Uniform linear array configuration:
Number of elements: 32
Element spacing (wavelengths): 0.5
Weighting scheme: blackman
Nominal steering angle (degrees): -60
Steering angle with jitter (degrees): -58.556
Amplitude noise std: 0.05
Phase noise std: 0.05

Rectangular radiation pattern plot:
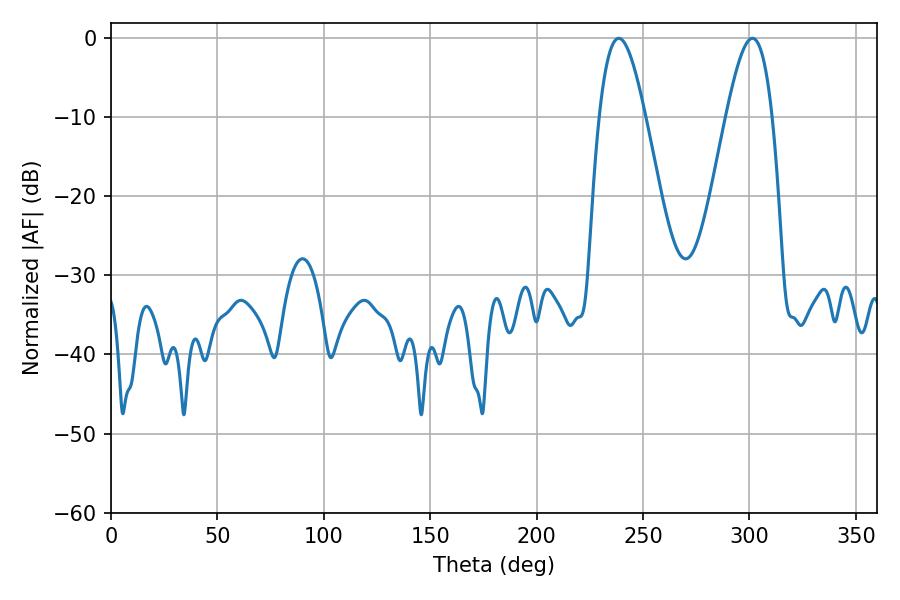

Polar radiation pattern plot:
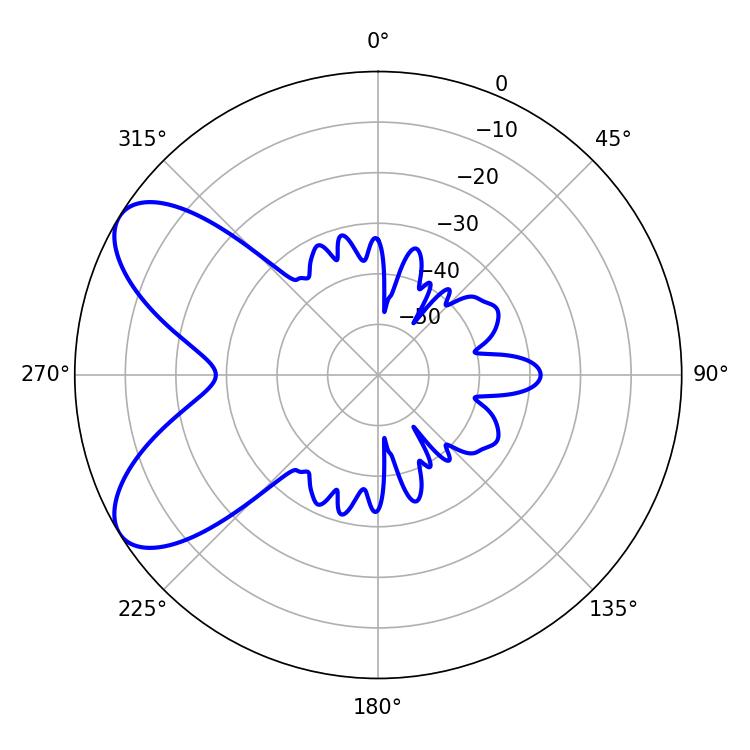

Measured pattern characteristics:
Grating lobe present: FALSE
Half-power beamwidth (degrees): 11.7
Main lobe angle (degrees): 238.5